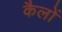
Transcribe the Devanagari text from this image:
कैलों